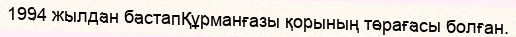
1994 жылдан бастапҚұрманғазы қорының төрағасы болған.